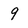
Character: 9